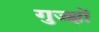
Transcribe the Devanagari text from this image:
गुज्झों